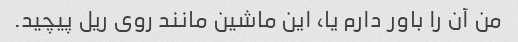
من آن را باور دارم یا، این ماشین مانند روی ریل پیچید.